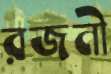
রজনী